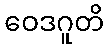
ဝေဒဂူတိ